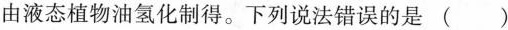
由液态植物油氢化制得。下列说法错误的是（ ）